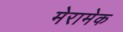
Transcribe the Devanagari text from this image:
मेरामेक